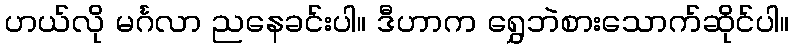
ဟယ်လို မင်္ဂလာ ညနေခင်းပါ။ ဒီဟာက ရွှေဘဲစားသောက်ဆိုင်ပါ။